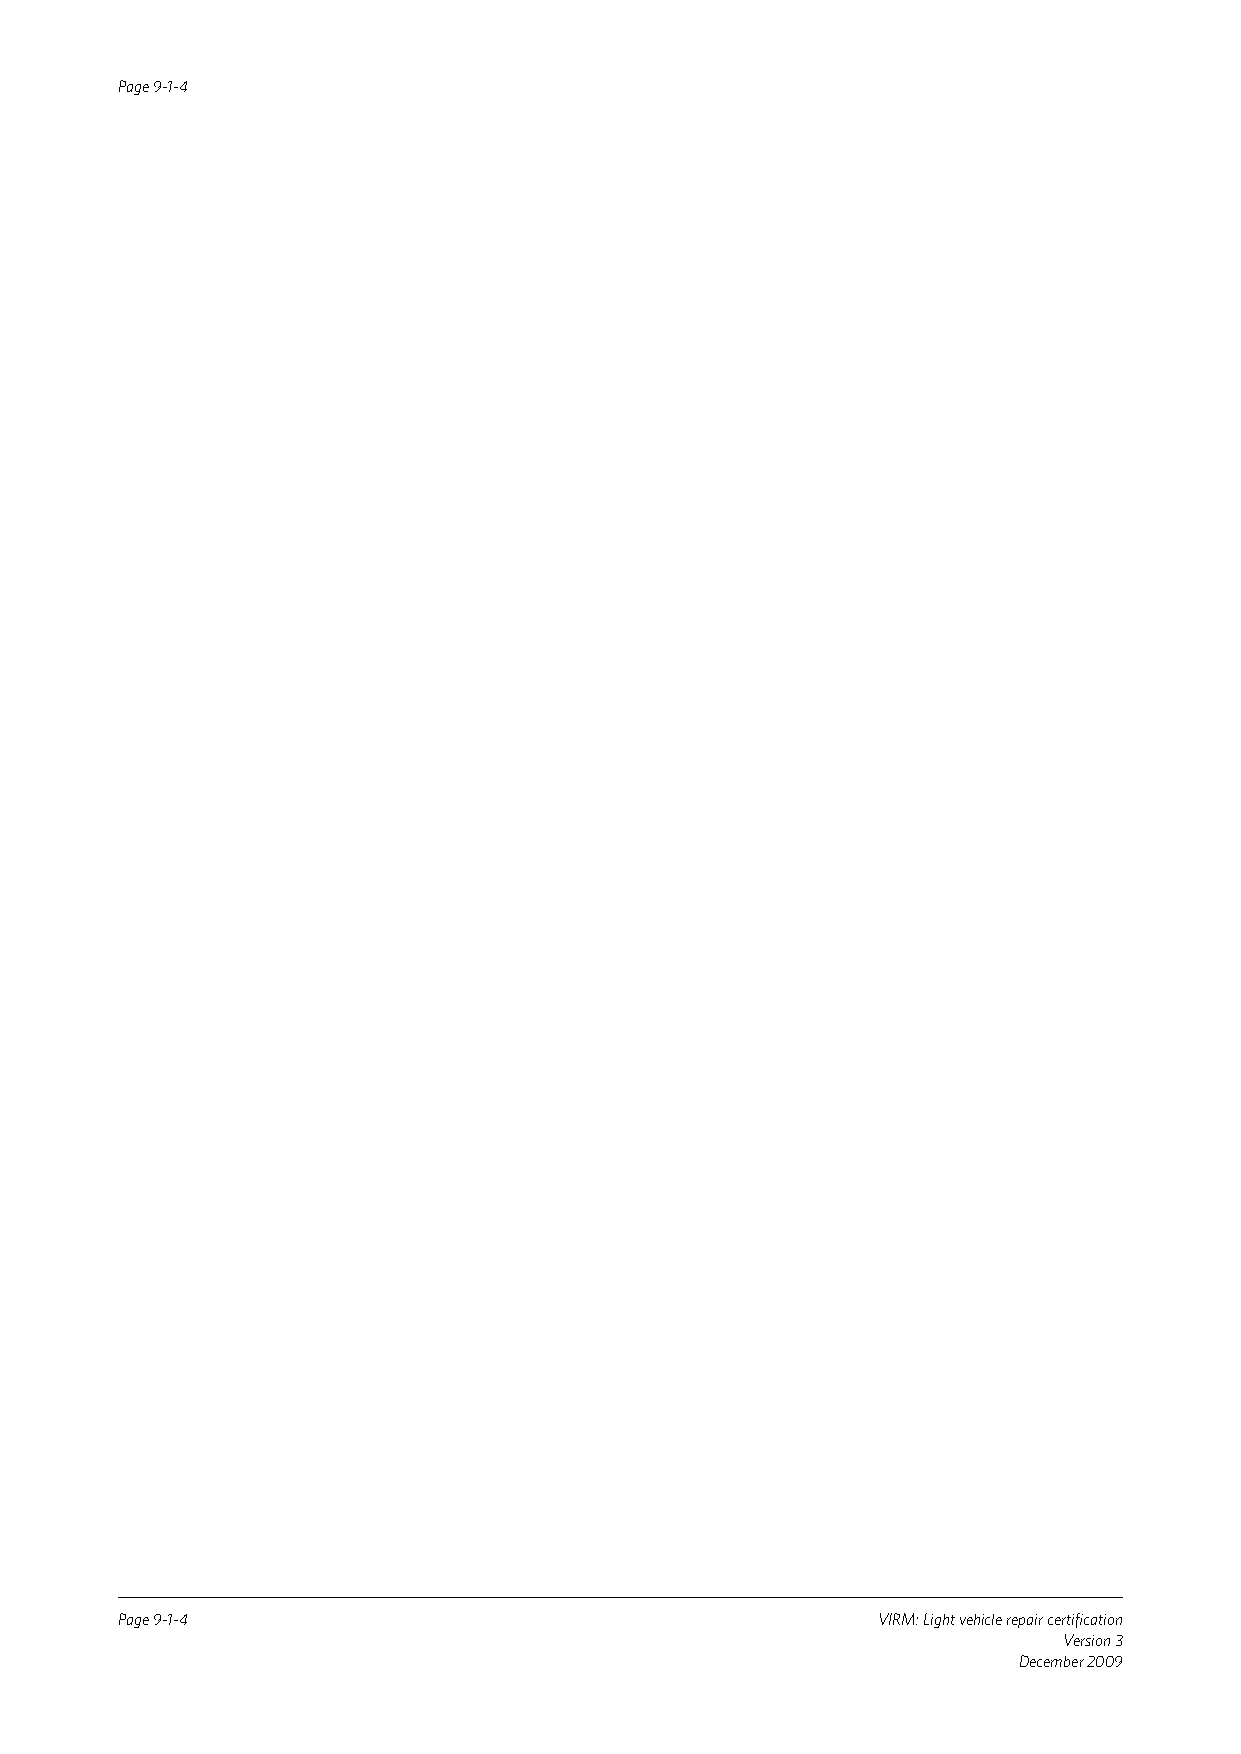
Page 9-1-4
 Page 9-1-4                                        VIRM: Light vehicle repair certification
 Version 3
 December 2009